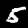
Label: 5